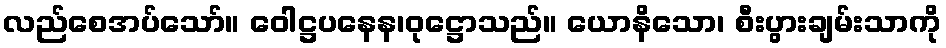
လည်စေအပ်သော်။ ဝေါဋ္ဌပနေန၊ဝုဋ္ဌောသည်။ ယောနိသော၊ စီးပွားချမ်းသာကို